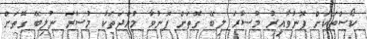
ކޯސްތަކަށް ފޮނުވާއިރު މުސާރަ ލިބޭ ގޮތަށް ފޮނުވާ މުއްދަތަކާ މުސާރަ ނުލިބޭ ގޮތަށް